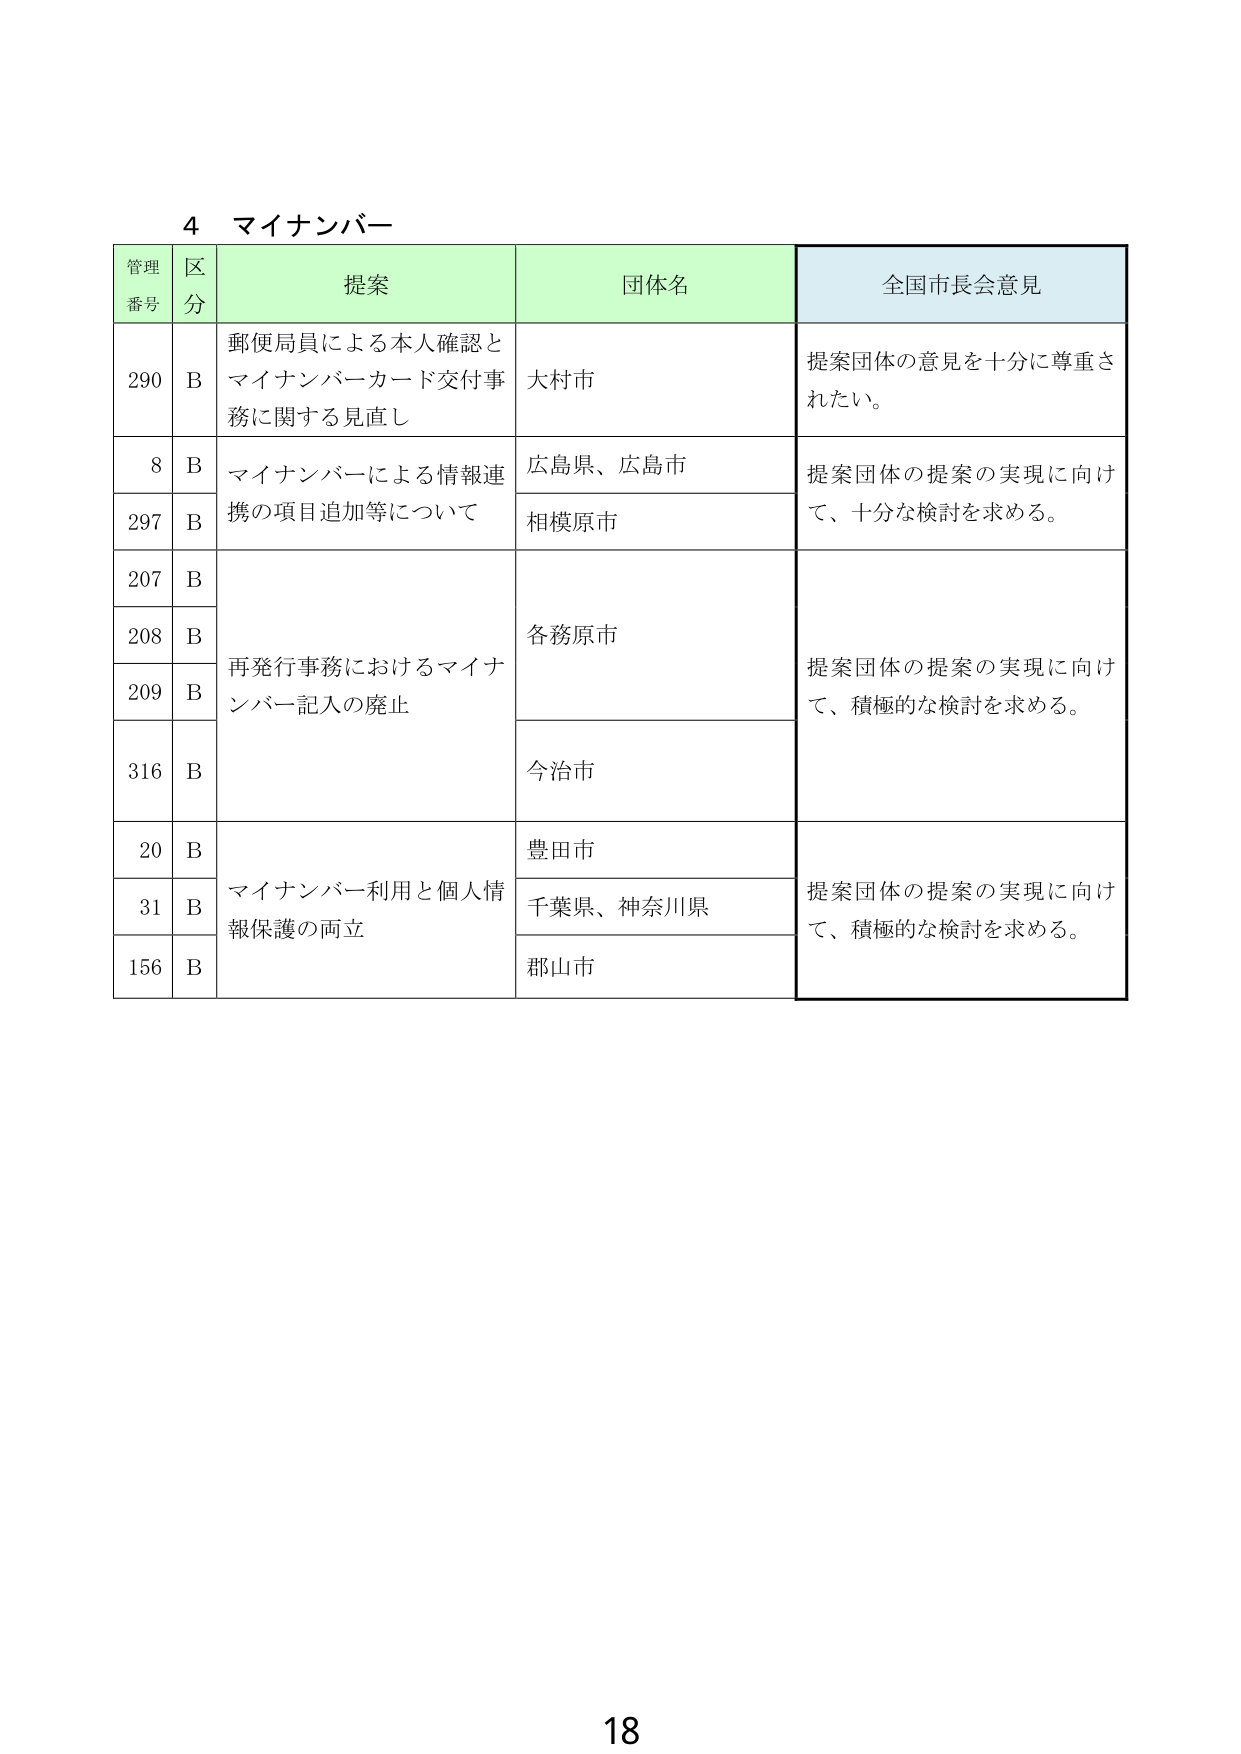
4 マイナンバー

管理番号 区分 提案 団体名 全国市長会意見

290 B 郵便局員による本人確認とマイナンバーカード交付事務に関する見直し 大村市 提案団体の意見を十分に尊重されたい。

8 B マイナンバーによる情報連携の項目追加等について 広島県、広島市 提案団体の提案の実現に向けて、十分な検討を求める。

297 B 相模原市

207 B 再発行事務におけるマイナンバー記入の廃止 各務原市 提案団体の提案の実現に向けて、積極的な検討を求める。

208 B

209 B

316 B 今治市

20 B マイナンバー利用と個人情報保護の両立 豊田市 提案団体の提案の実現に向けて、積極的な検討を求める。

31 B 千葉県、神奈川県

156 B 郡山市

18